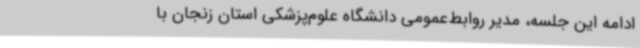
ادامه این جلسه، مدیر روابط‌عمومی دانشگاه علوم‌پزشکی استان زنجان با